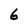
Character: 6